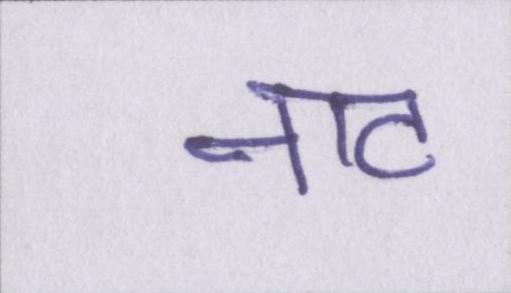
नाट